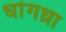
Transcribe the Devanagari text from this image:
धांगध्रा